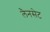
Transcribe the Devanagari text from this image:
लैनसेट